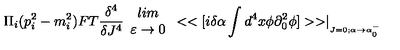
\Pi _ { i } ( p _ { i } ^ { 2 } - m _ { i } ^ { 2 } ) F T \frac { \delta ^ { 4 } } { \delta J ^ { 4 } } \begin{array} { c } { l i m } \\ { \varepsilon \rightarrow 0 } \\ \end{array} < < [ i \delta \alpha \int d ^ { 4 } x \phi \partial _ { 0 } ^ { 2 } \phi ] > > \mid _ { _ { J = 0 ; \alpha \rightarrow \alpha _ { 0 } ^ { - } } }